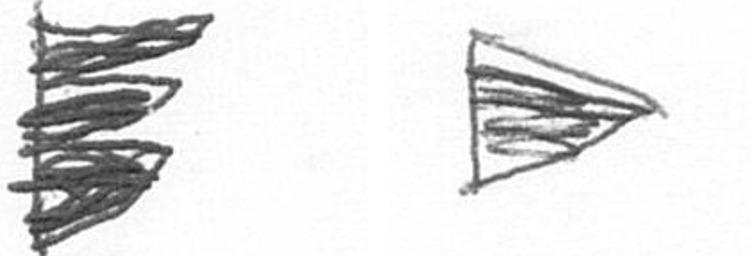
H T